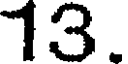
13.